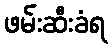
ဖမ်းဆီးခံရ